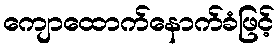
ကျောထောက်နောက်ခံဖြင့်